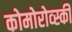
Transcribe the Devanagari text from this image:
कोमोरोव्स्की